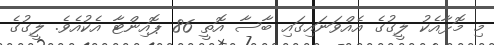
މި މޮޅާއެކު ލީގުގެ އެއްވަނައިގައި ބާސާ އޮތީ 86 ޕޮއިންޓާ އެކުއެވެ. ލީގުގެ